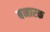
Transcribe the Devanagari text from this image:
बनारक